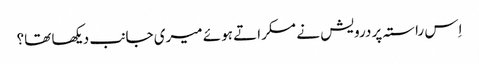
اِس راستہ پر درویش نے مسکراتے ہوئے میری جانب دیکھا تھا؟